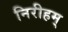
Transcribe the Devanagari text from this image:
निरीहम्